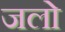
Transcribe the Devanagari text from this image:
जलो